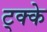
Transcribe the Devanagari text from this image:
ट्क्के